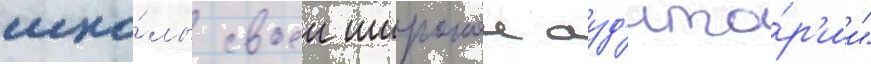
шко́лы своеи широкои ауд'ито́р'ии"